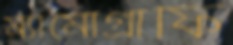
ম্যামোগ্রাফি